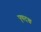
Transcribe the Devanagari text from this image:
पृषदश्व